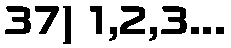
37) 1,2,3...